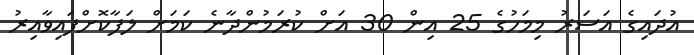
އުދައިގެ އަސަރު މިމަހުގެ 25 އިން 30 އަށް ކުރަމުންދާނެ ކަމަށް ލަފާކޮށްފައިވާއިރު